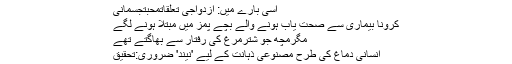
اسی بارے میں: ازدواجی تعلقاتمحبتجسمانی
کرونا بیماری سے صحت یاب ہونے والے بچے پمز میں مبتلا ہونے لگے
مگرمچھ جو شترمرغ کی رفتار سے بھاگتے تھے
انسانی دماغ کی طرح مصنوعی ذہانت کے لیے 'نیند' ضروری:تحقیق